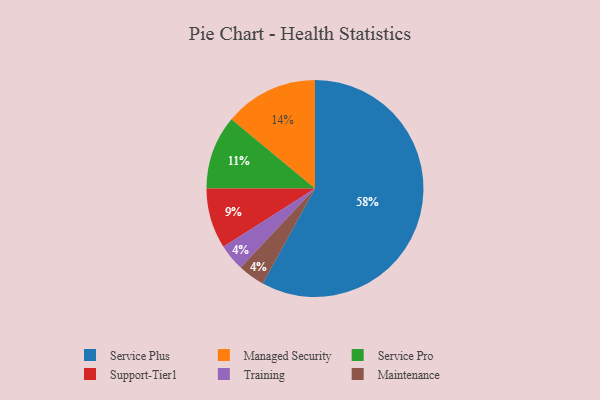
{"axis": {"x": "Category", "y": "Percentage"}, "legend": ["Maintenance", "Managed Security", "Service Plus", "Service Pro", "Support-Tier1", "Training"], "data": [{"x": "Service Pro", "y": 11, "type": "Service Pro"}, {"x": "Service Plus", "y": 58, "type": "Service Plus"}, {"x": "Managed Security", "y": 14, "type": "Managed Security"}, {"x": "Training", "y": 4, "type": "Training"}, {"x": "Support-Tier1", "y": 9, "type": "Support-Tier1"}, {"x": "Maintenance", "y": 4, "type": "Maintenance"}]}